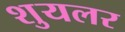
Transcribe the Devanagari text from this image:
शुयलर